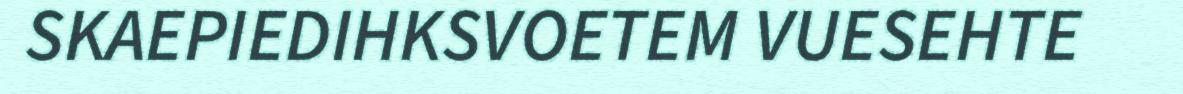
SKAEPIEDIHKSVOETEM VUESEHTE